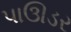
પાઊડર